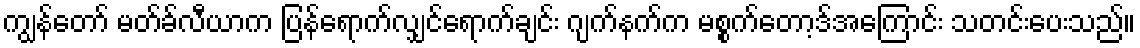
ကျွန်တော် မတ်ခ်လီယာက ပြန်ရောက်လျှင်ရောက်ချင်း ဂျက်နက်က မစ္စက်တော့ဒ်အကြောင်း သတင်းပေးသည်။